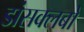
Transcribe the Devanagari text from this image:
डांसक्लबों